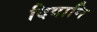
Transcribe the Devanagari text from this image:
दिवानि